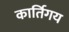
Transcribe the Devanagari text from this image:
कार्तिगय